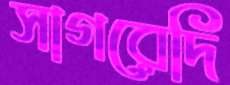
সাগরেদি